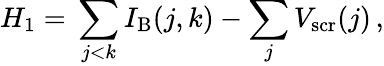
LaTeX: H_{1}=\, \sum_{j<k}I_{\mathrm{B}}(j,k)-\sum_{j}V_{\mathrm{scr}}(j)\, ,